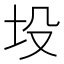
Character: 坄